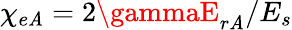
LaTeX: \chi_{e\mathit{A}}=2\gammaE_{r\mathit{A}}/E_{s}